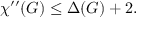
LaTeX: \chi ^ { \prime \prime } ( G ) \leq \Delta ( G ) + 2 .